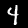
Digit: 4